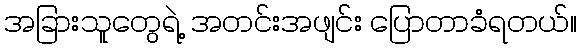
အခြားသူတွေရဲ့ အတင်းအဖျင်း ပြောတာခံရတယ်။